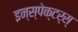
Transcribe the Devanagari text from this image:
इन्स्पेक्टर्स्